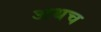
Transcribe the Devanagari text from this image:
अथच